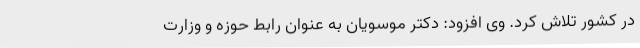
در کشور تلاش کرد. وی افزود: دکتر موسویان به عنوان رابط حوزه و وزارت